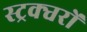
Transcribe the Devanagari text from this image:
स्ट्रक्चरों